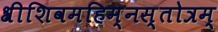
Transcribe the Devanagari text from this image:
श्रीशिवमहिम्नस्तोत्रम्